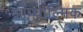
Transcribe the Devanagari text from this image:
ऑप्थाल्मिक